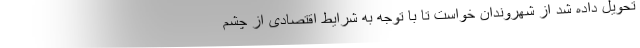
تحویل داده شد از شهروندان خواست تا با توجه به شرایط اقتصادی از چشم